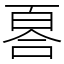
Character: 𠷡